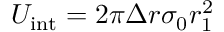
U _ { \mathrm { i n t } } = 2 \pi \Delta r \sigma _ { 0 } r _ { 1 } ^ { 2 }